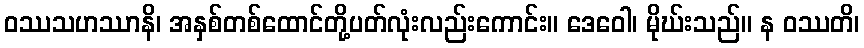
ဝဿသဟဿာနိ၊ အနှစ်တစ်ထောင်တို့ပတ်လုံးလည်းကောင်း။ ဒေဝေါ၊ မိုဃ်းသည်။ န ဝဿတိ၊